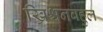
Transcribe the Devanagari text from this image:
ख्रिश्चनबहुल